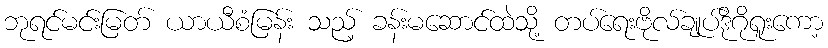
ဘုရင်မင်းမြတ် ယာယီစံမြန်း သည့် ခန်းမဆောင်ထဲသို့ တပ်ရေးဗိုလ်ချုပ်ဒိုဂိုရူးကော့